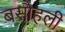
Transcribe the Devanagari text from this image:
बसौहली